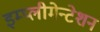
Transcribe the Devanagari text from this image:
इम्प्लीमेन्टेशन